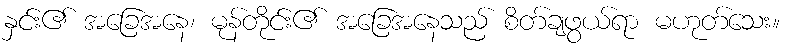
နှင်း၏ အခြေအနေ၊ မုန်တိုင်း၏ အခြေအနေသည် စိတ်ချဖွယ်ရာ မဟုတ်သေး။